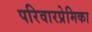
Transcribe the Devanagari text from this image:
परिवारप्रेमिका